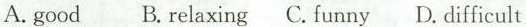
A.good B.Relaxing C.Funny D. Difficult